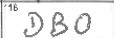
Transcription: DBO